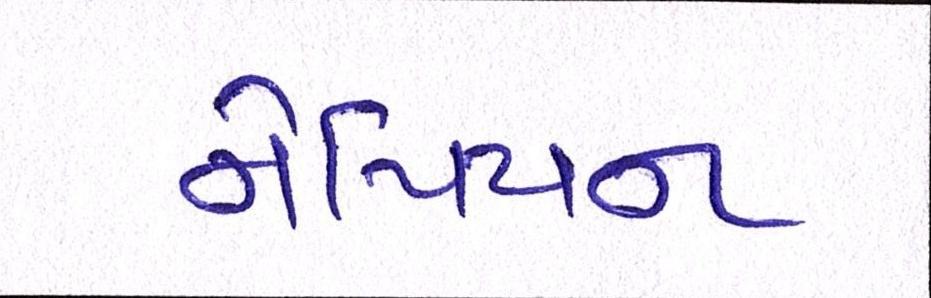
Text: નેપિયન